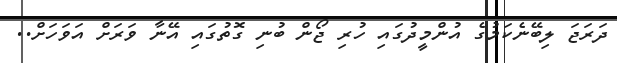
ދަރަޖަ ލިބޭނެކަމުގެ އުންމީދުގައި ހުރި ޖޯން ބުނި ގޮތުގައި އޭނާ ވަރަށް އަވަހަށް..